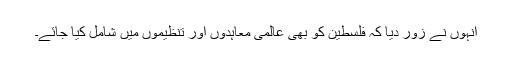
انہوں نے زور دیا کہ فلسطین کو بھی عالمی معاہدوں اور تنظیموں میں شامل کیا جائے۔